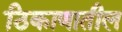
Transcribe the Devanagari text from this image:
ठिकाणातील